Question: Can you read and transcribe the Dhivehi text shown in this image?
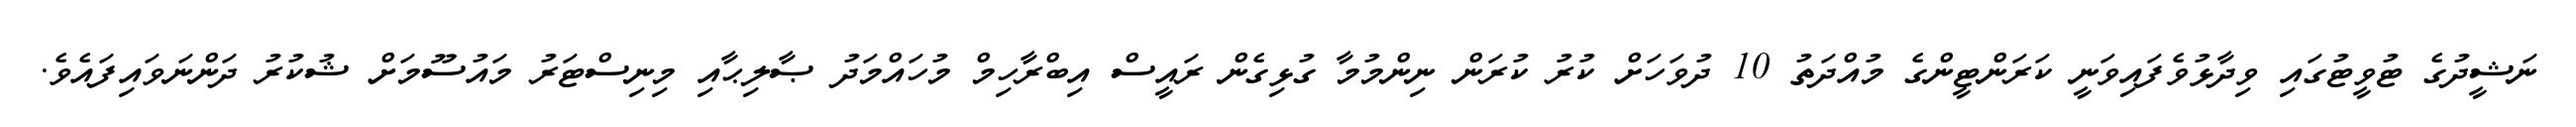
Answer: ނަޝީދުގެ ޓުވީޓުގައި ވިދާޅުވެފައިވަނީ ކަރަންޓީންގެ މުއްދަތު 10 ދުވަހަށް ކުރު ކުރަން ނިންމުމާ ގުޅިގެން ރައީސް އިބްރާހިމް މުހައްމަދު ޞާލިޙާއި މިނިސްޓަރު މައުސޫމަށް ޝުކުރު ދަންނަވައިފައެވެ.